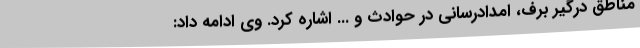
مناطق درگیر برف، امدادرسانی در حوادث و ... اشاره کرد. وی ادامه داد: